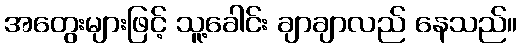
အတွေးများဖြင့် သူ့ခေါင်း ချာချာလည် နေသည်။